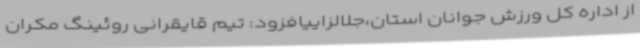
از اداره کل ورزش جوانان استان،جلالزاییافزود: تیم قایقرانی روئینگ مکران